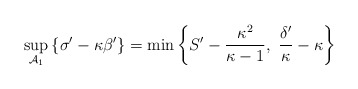
\begin{align*}\sup_{\mathcal{A}_{1}}\left\{ \sigma^{\prime}-\kappa\beta^{\prime}\right\}=\min\left\{ S^{\prime}-\frac{\kappa^{2}}{\kappa-1},\ \frac{\delta^{\prime}}{\kappa}-\kappa\right\} \end{align*}